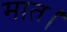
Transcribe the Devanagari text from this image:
मात।